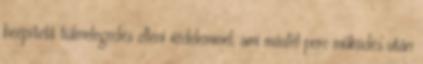
beépített túlmelegedés elleni védelemmel, ami másfél perc működés után